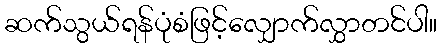
ဆက်သွယ်ရန်ပုံစံဖြင့်လျှောက်လွှာတင်ပါ။